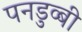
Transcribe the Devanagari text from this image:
पनडुव्बी